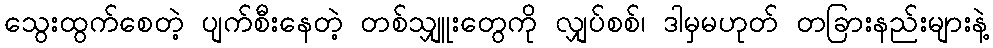
သွေးထွက်စေတဲ့ ပျက်စီးနေတဲ့ တစ်သျှူးတွေကို လျှပ်စစ်၊ ဒါမှမဟုတ် တခြားနည်းများနဲ့